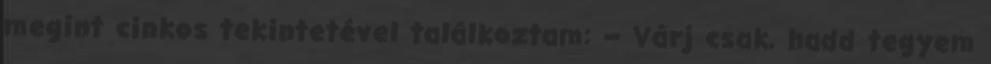
megint cinkos tekintetével találkoztam: – Várj csak, hadd tegyem